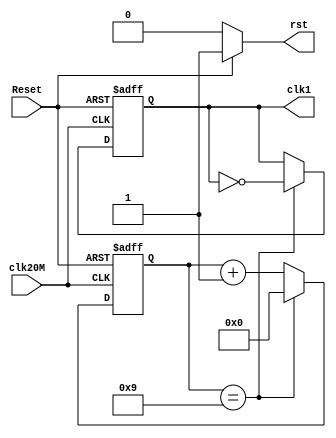
`timescale 1ns / 1ps
//////////////////////////////////////////////////////////////////////////////////
// Company: 
// Engineer: 
// 
// Design Name: 
// Module Name: Divide_freg
// Project Name: 
// Target Devices: 
// Tool Versions: 
// Description: 
// 
// Dependencies: 
// 
// Revision:
// Revision 0.01 - File Created
// Additional Comments:
// 
//////////////////////////////////////////////////////////////////////////////////

module Divide_freg(
    input clk20M,
    input Reset,
    output reg clk1,
    output reg rst
    );
localparam divide_count = 10;
reg [31:0]count; //2^32

always@(posedge clk20M , posedge Reset)
begin
	if(Reset)
		begin
		clk1 <= 1'b0;
		count <= 32'b0;
	
		end
	else if(count == divide_count - 1)
		begin
		clk1 <= ~ clk1;
		count <= 32'b0;
	
		end
	else
	   begin
	   clk1 <= clk1;
	   count <= count + 1 ;
	 
	   end
end
always@(*)
begin
	if(Reset)
		begin
        rst = 1;
		end
	else
	    begin
        rst = 0;
	    end
end

endmodule